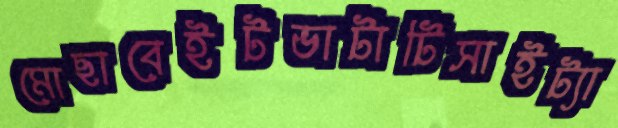
মোছাবেইটভাটাটিসাইট্যা